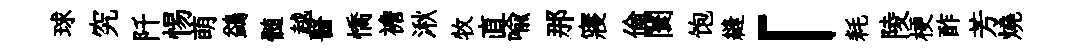
球究阡惕萌鷁髄越醫憍襜湫牧直喻那寢倫闤饱縫「耗陵梗酢芳燒